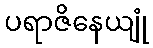
ပရာဇိနေယျုံ